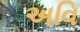
અવિ